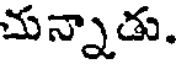
చున్నాడు.